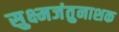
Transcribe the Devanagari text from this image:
सुक्ष्मजंतुनाशक